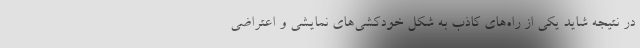
در نتیجه شاید یکی از راه‌های کاذب به شکل خودکشی‌های نمایشی و اعتراضی